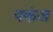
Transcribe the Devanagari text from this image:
पकंज